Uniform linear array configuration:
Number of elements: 12
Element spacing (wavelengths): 1
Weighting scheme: binomial
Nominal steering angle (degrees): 45
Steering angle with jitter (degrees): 44.578
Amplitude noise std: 0.05
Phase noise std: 0.05

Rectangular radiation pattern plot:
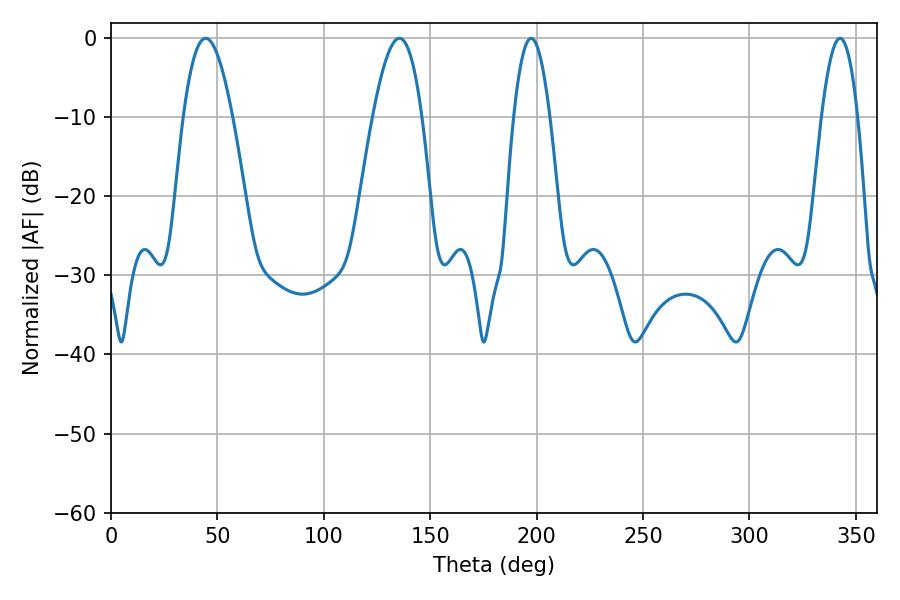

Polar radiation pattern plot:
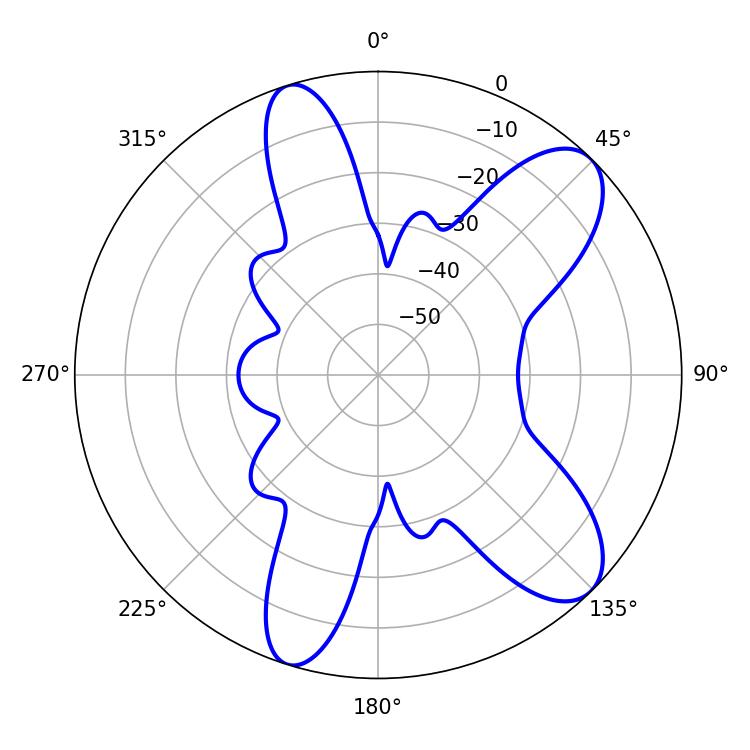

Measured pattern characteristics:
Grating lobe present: TRUE
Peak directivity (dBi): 9.41
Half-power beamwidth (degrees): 12.6
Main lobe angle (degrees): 44.46